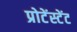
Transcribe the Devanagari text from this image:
प्रोटेंस्टेंट